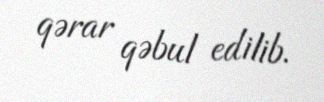
qərar qəbul edilib.